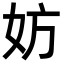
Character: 妨